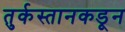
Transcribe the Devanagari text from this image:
तुर्कस्तानकडून